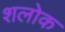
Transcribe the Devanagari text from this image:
शलोक